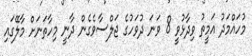
މުހައްމަދު އަމީތު ވިދާޅުވީ 8 ވަނަ ދުވަހުގެ ޖަލްސާވެގެން ދާނީ މިހާތަނަށް މާލޭގައި